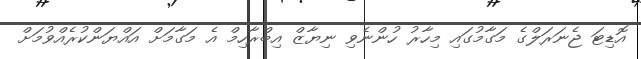
އޮޑިޓަ ޖެނަރަލްގެ މަގާމުގައި މިހާރު ހުންނެވި ނިޔާޒް އިބްރާހިމް އެ މަގާމަށް އައްޔަންކުރެއްވުމަށް